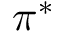
\pi ^ { * }